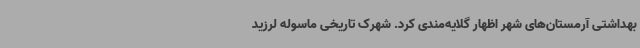
بهداشتی آرمستان‌های شهر اظهار گلایه‌مندی کرد. شهرک تاریخی ماسوله لرزید